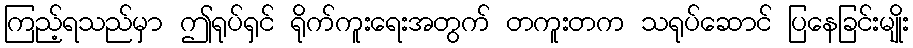
ကြည့်ရသည်မှာ ဤရုပ်ရှင် ရိုက်ကူးရေးအတွက် တကူးတက သရုပ်ဆောင် ပြနေခြင်းမျိုး